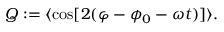
\begin{array} { r } { Q : = \langle \cos [ 2 ( \varphi - \phi _ { 0 } - \omega t ) ] \rangle . } \end{array}